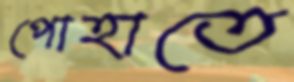
পোহাতে